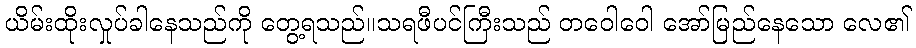
ယိမ်းထိုးလှုပ်ခါနေသည်ကို တွေ့ရသည်။သရဖီပင်ကြီးသည် တဝေါဝေါ အော်မြည်နေသော လေ၏